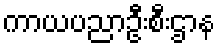
ကာယပညာဦးစီးဌာန